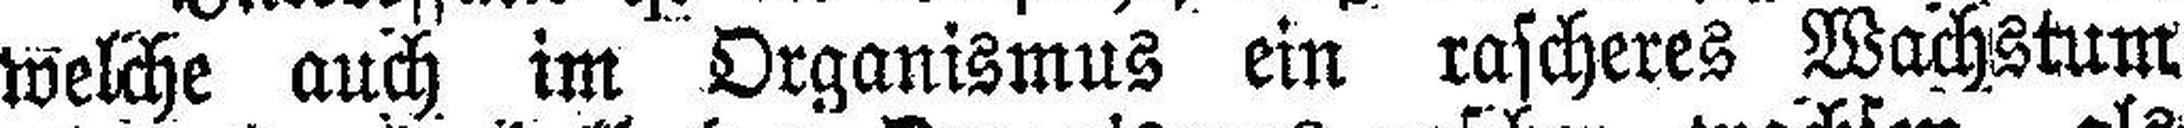
welche auch im Organismus ein rascheres Wachstum